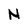
Character: N